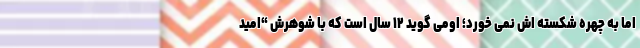
اما به چهره شکسته اش نمی خورد؛ اومی گوید ۱۲ سال است که با شوهرش “امید